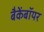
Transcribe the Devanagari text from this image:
बैकेंबॉयर